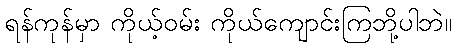
ရန်ကုန်မှာ ကိုယ့်ဝမ်း ကိုယ်ကျောင်းကြဘို့ပါဘဲ။